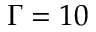
\Gamma = 1 0